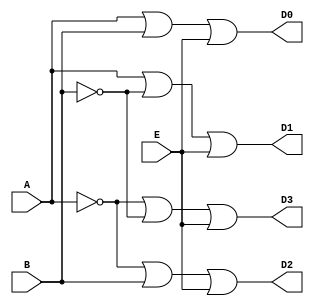
/*Implementation of 2 to 4 decoder with 
active low inputs and active low outputs*/

module decoder(input A,B,E, output D0,D1,D2,D3);
  assign D0 = A|B|E;
  assign D1 = A|~B|E;
  assign D2 = ~A|B|E;
  assign D3 = ~A|~B|E;
endmodule